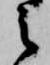
之